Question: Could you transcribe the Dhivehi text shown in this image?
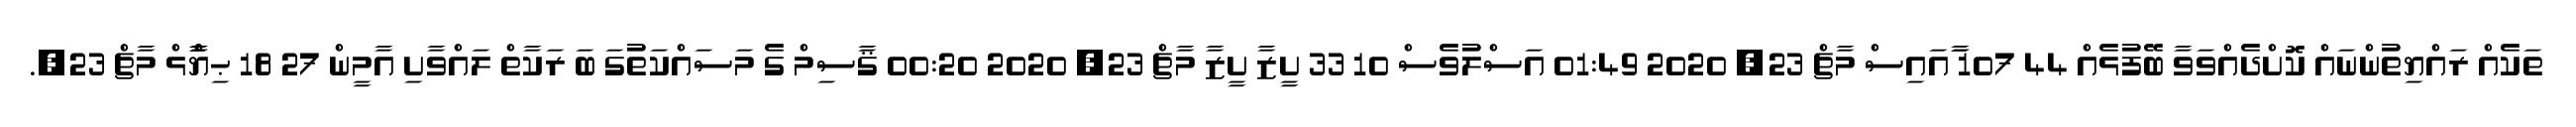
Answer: ތަކެއް ރައްޔިތުންނައް ކޮށްދެއްވަވާ ބޭފުޅެއް 44 107 ާައައިސް މާޗް 23, 2020 01:49 އަސްލުވެސް 10 33 ށީޒާ ށީޒާ މާޗް 23, 2020 00:20 ޤާސިމް ގެ މަސައްކަތުގަ ބަ ރަކާތް ލައްވާށި އާމީން 27 18 ޙިޔާާްްޅް މާޗް 23,.